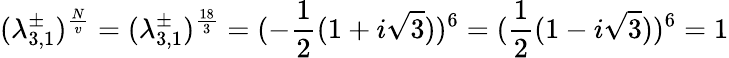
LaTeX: (\lambda_{3,1}^{\pm})^{\frac{N}{v}}=(\lambda_{3,1}^{\pm})^{\frac{18}{3}}=(-\frac{1}{2}(1+i\sqrt{3}))^{6}=(\frac{1}{2}(1-i\sqrt{3}))^{6}=1